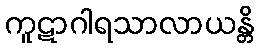
ကူဋာဂါရသာလာယန္တိ